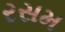
રસમ